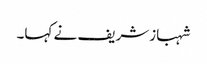
شہبازشریف نے کہا۔